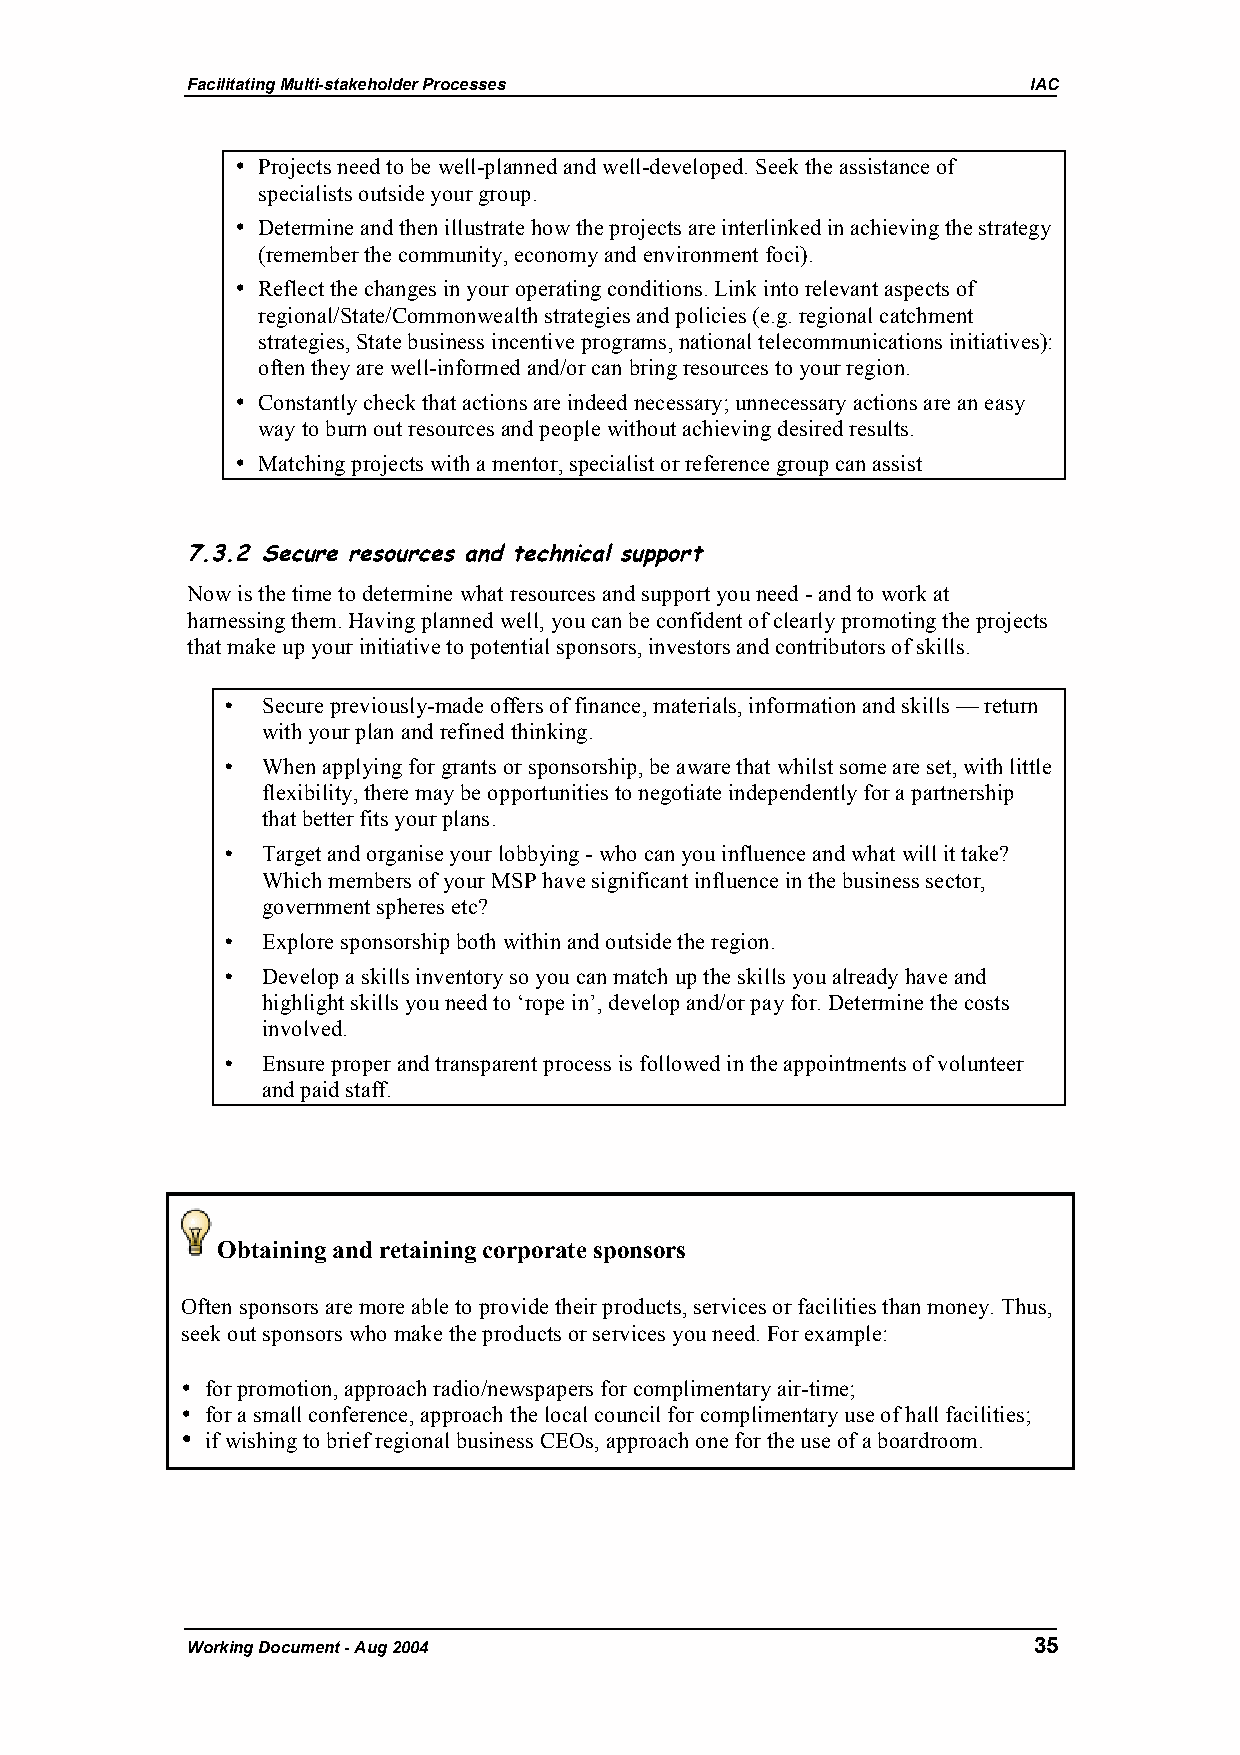
Facilitating Multi-stakeholder Processes                IAC
 • Projects need to be well-planned and well-developed. Seek the assistance of
 specialists outside your group.
 • Determine and then illustrate how the projects are interlinked in achieving the strategy
 (remember the community, economy and environment foci).
 • Reflect the changes in your operating conditions. Link into relevant aspects of
 regional/State/Commonwealth strategies and policies (e.g. regional catchment
 strategies, State business incentive programs, national telecommunications initiatives):
 often they are well-informed and/or can bring resources to your region.
 • Constantly check that actions are indeed necessary; unnecessary actions are an easy
 way to burn out resources and people without achieving desired results.
 • Matching projects with a mentor, specialist or reference group can assist
 7.3.2 Secure resources and technical support
 Now is the time to determine what resources and support you need - and to work at
 harnessing them. Having planned well, you can be confident of clearly promoting the projects
 that make up your initiative to potential sponsors, investors and contributors of skills.
 • Secure previously-made offers of finance, materials, information and skills — return
 with your plan and refined thinking.
 • When applying for grants or sponsorship, be aware that whilst some are set, with little
 flexibility, there may be opportunities to negotiate independently for a partnership
 that better fits your plans.
 • Target and organise your lobbying - who can you influence and what will it take?
 Which members of your MSP have significant influence in the business sector,
 government spheres etc?
 • Explore sponsorship both within and outside the region.
 • Develop a skills inventory so you can match up the skills you already have and
 highlight skills you need to ‘rope in’, develop and/or pay for. Determine the costs
 involved.
 • Ensure proper and transparent process is followed in the appointments of volunteer
 and paid staff.
 Obtaining and retaining corporate sponsors
 Often sponsors are more able to provide their products, services or facilities than money. Thus,
 seek out sponsors who make the products or services you need. For example:
 • for promotion, approach radio/newspapers for complimentary air-time;
 • for a small conference, approach the local council for complimentary use of hall facilities;
 • if wishing to brief regional business CEOs, approach one for the use of a boardroom.
 Working Document - Aug 2004                             35